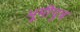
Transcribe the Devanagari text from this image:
भूमीपुत्र